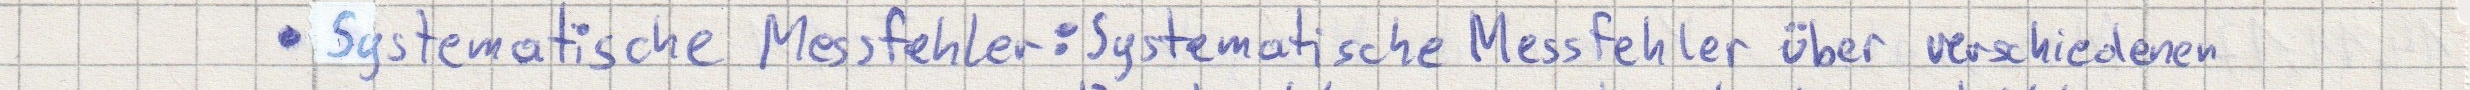
- Systematische Messfehler: Systematische Messfehler über verschiedenen